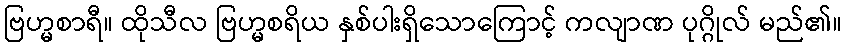
ဗြဟ္မစာရီ။ ထိုသီလ ဗြဟ္မစရိယ နှစ်ပါးရှိသောကြောင့် ကလျာဏ ပုဂ္ဂိုလ် မည်၏။